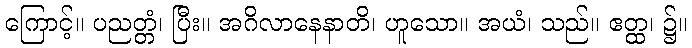
ကြောင့်။ ပညတ္တံ၊ ပြီး။ အဂိလာနေနာတိ၊ ဟူသော။ အယံ၊ သည်။ ဧတ္ထ၊ ၌။